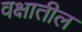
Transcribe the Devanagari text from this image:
वक्षातील